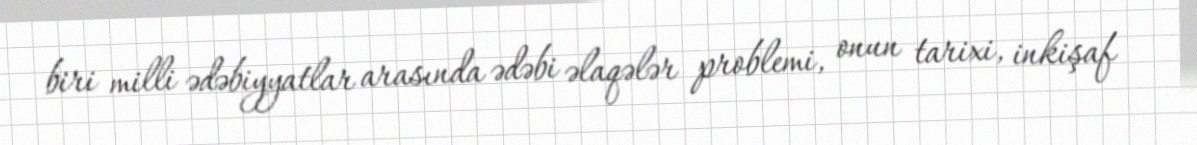
biri milli ədəbiyyatlar arasında ədəbi əlaqələr problemi, onun tarixi, inkişaf